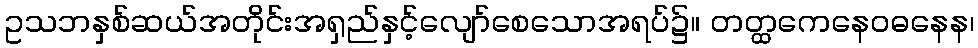
ဥသဘနှစ်ဆယ်အတိုင်းအရှည်နှင့်လျော်စေသောအရပ်၌။ တတ္ထကေနေဝဓနေန၊